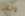
ولكن